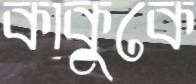
কাকুকে